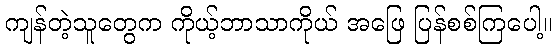
ကျန်တဲ့သူတွေက ကိုယ့်ဘာသာကိုယ် အဖြေ ပြန်စစ်ကြပေါ့။